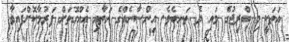
އަތަކީ މި ބްރިޖުގެ މައި ދެ ތަނބެވެ. އިންސާނެއްގެ އަތާއި އެއްގޮތަށް ފަރުމާކޮށްފައިވާ